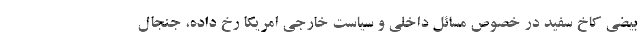
بیضی کاخ سفید در خصوص مسائل داخلی و سیاست خارجی امریکا رخ داده، جنجال